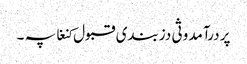
پر درآمد وثی دزبندی قبول کنغا پہ ۔